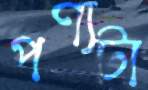
পণ্যটা